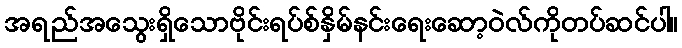
အရည်အသွေးရှိသောဗိုင်းရပ်စ်နှိမ်နင်းရေးဆော့ဝဲလ်ကိုတပ်ဆင်ပါ။